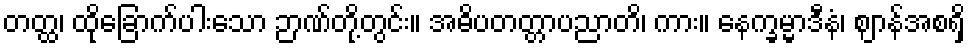
တတ္ထ၊ ထိုခြောက်ပါးသော ဉာဏ်တို့တွင်း။ အဓိပတတ္တာပညာတိ၊ ကား။ နေက္ခမ္မာဒီနံ၊ ဈာန်အစရှိ